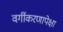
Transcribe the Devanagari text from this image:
वर्गीकरणापेक्षा